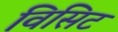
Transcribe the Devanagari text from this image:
विसिट